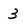
Character: 3